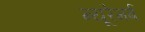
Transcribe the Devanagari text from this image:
न्यूरेमर्ब